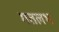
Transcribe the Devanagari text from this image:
मतलभ